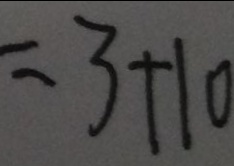
= 3 + 1 0